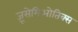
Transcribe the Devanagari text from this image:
ज़ूसेमिओतिक्स